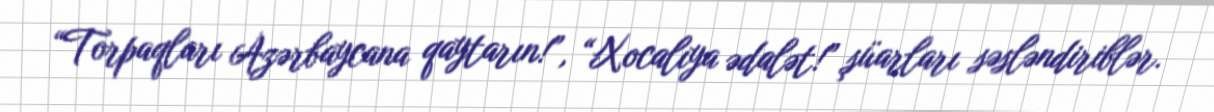
“Torpaqları Azərbaycana qaytarın!”, “Xocalıya ədalət!” şüarları səsləndiriblər.